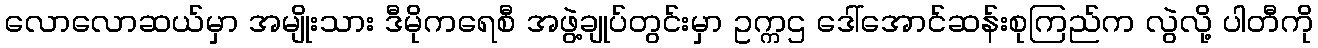
လောလောဆယ်မှာ အမျိုးသား ဒီမိုကရေစီ အဖွဲ့ချုပ်တွင်းမှာ ဥက္ကဌ ဒေါ်အောင်ဆန်းစုကြည်က လွဲလို့ ပါတီကို